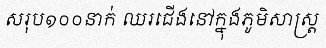
សរុប១០០នាក់ ឈរជើងនៅក្នុងភូមិសាស្ត្រ